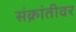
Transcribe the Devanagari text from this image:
संक्रांतीवर